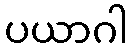
ပယာဂါ